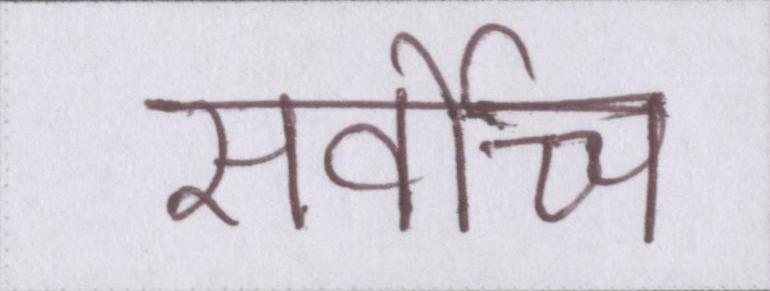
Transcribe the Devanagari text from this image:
सर्वोच्च